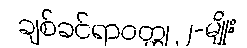
ချစ်ခင်ရာဝတ္ထု ၂-မျိုး